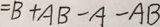
= B + A B - A - A B